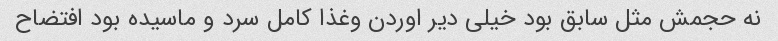
نه حجمش مثل سابق بود خیلی دیر اوردن وغذا کامل سرد و ماسیده بود افتضاح